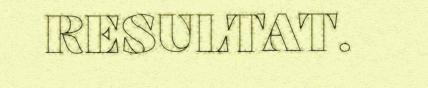
RESULTAT.